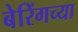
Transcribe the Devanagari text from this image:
बेरिंगच्या